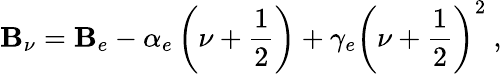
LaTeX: \mathbf{B}_{\nu}=\mathbf{B}_{e}-\alpha_{e}\left(\nu+\frac{1}{2}\right)+\gamma_{e}\left(\nu+\frac{1}{2}\right)^{2}\ ,